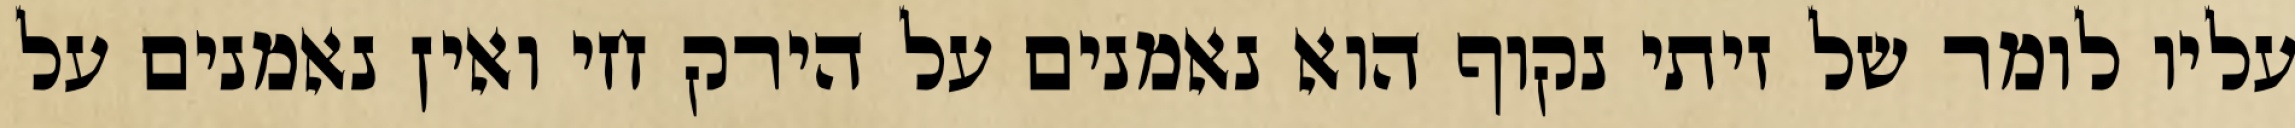
עליו לומר של זיתי נקוף הוא נאמנים על הירק חי ואין נאמנים על